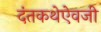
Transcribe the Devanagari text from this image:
दंतकथेऐवजी